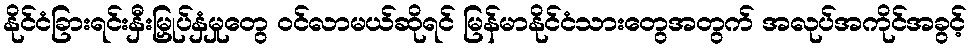
နိုင်ငံခြားရင်းနှီးမြှုပ်နှံမှုတွေ ဝင်လာမယ်ဆိုရင် မြန်မာနိုင်ငံသားတွေအတွက် အလုပ်အကိုင်အခွင့်